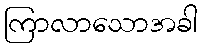
ကြာလာသောအခါ